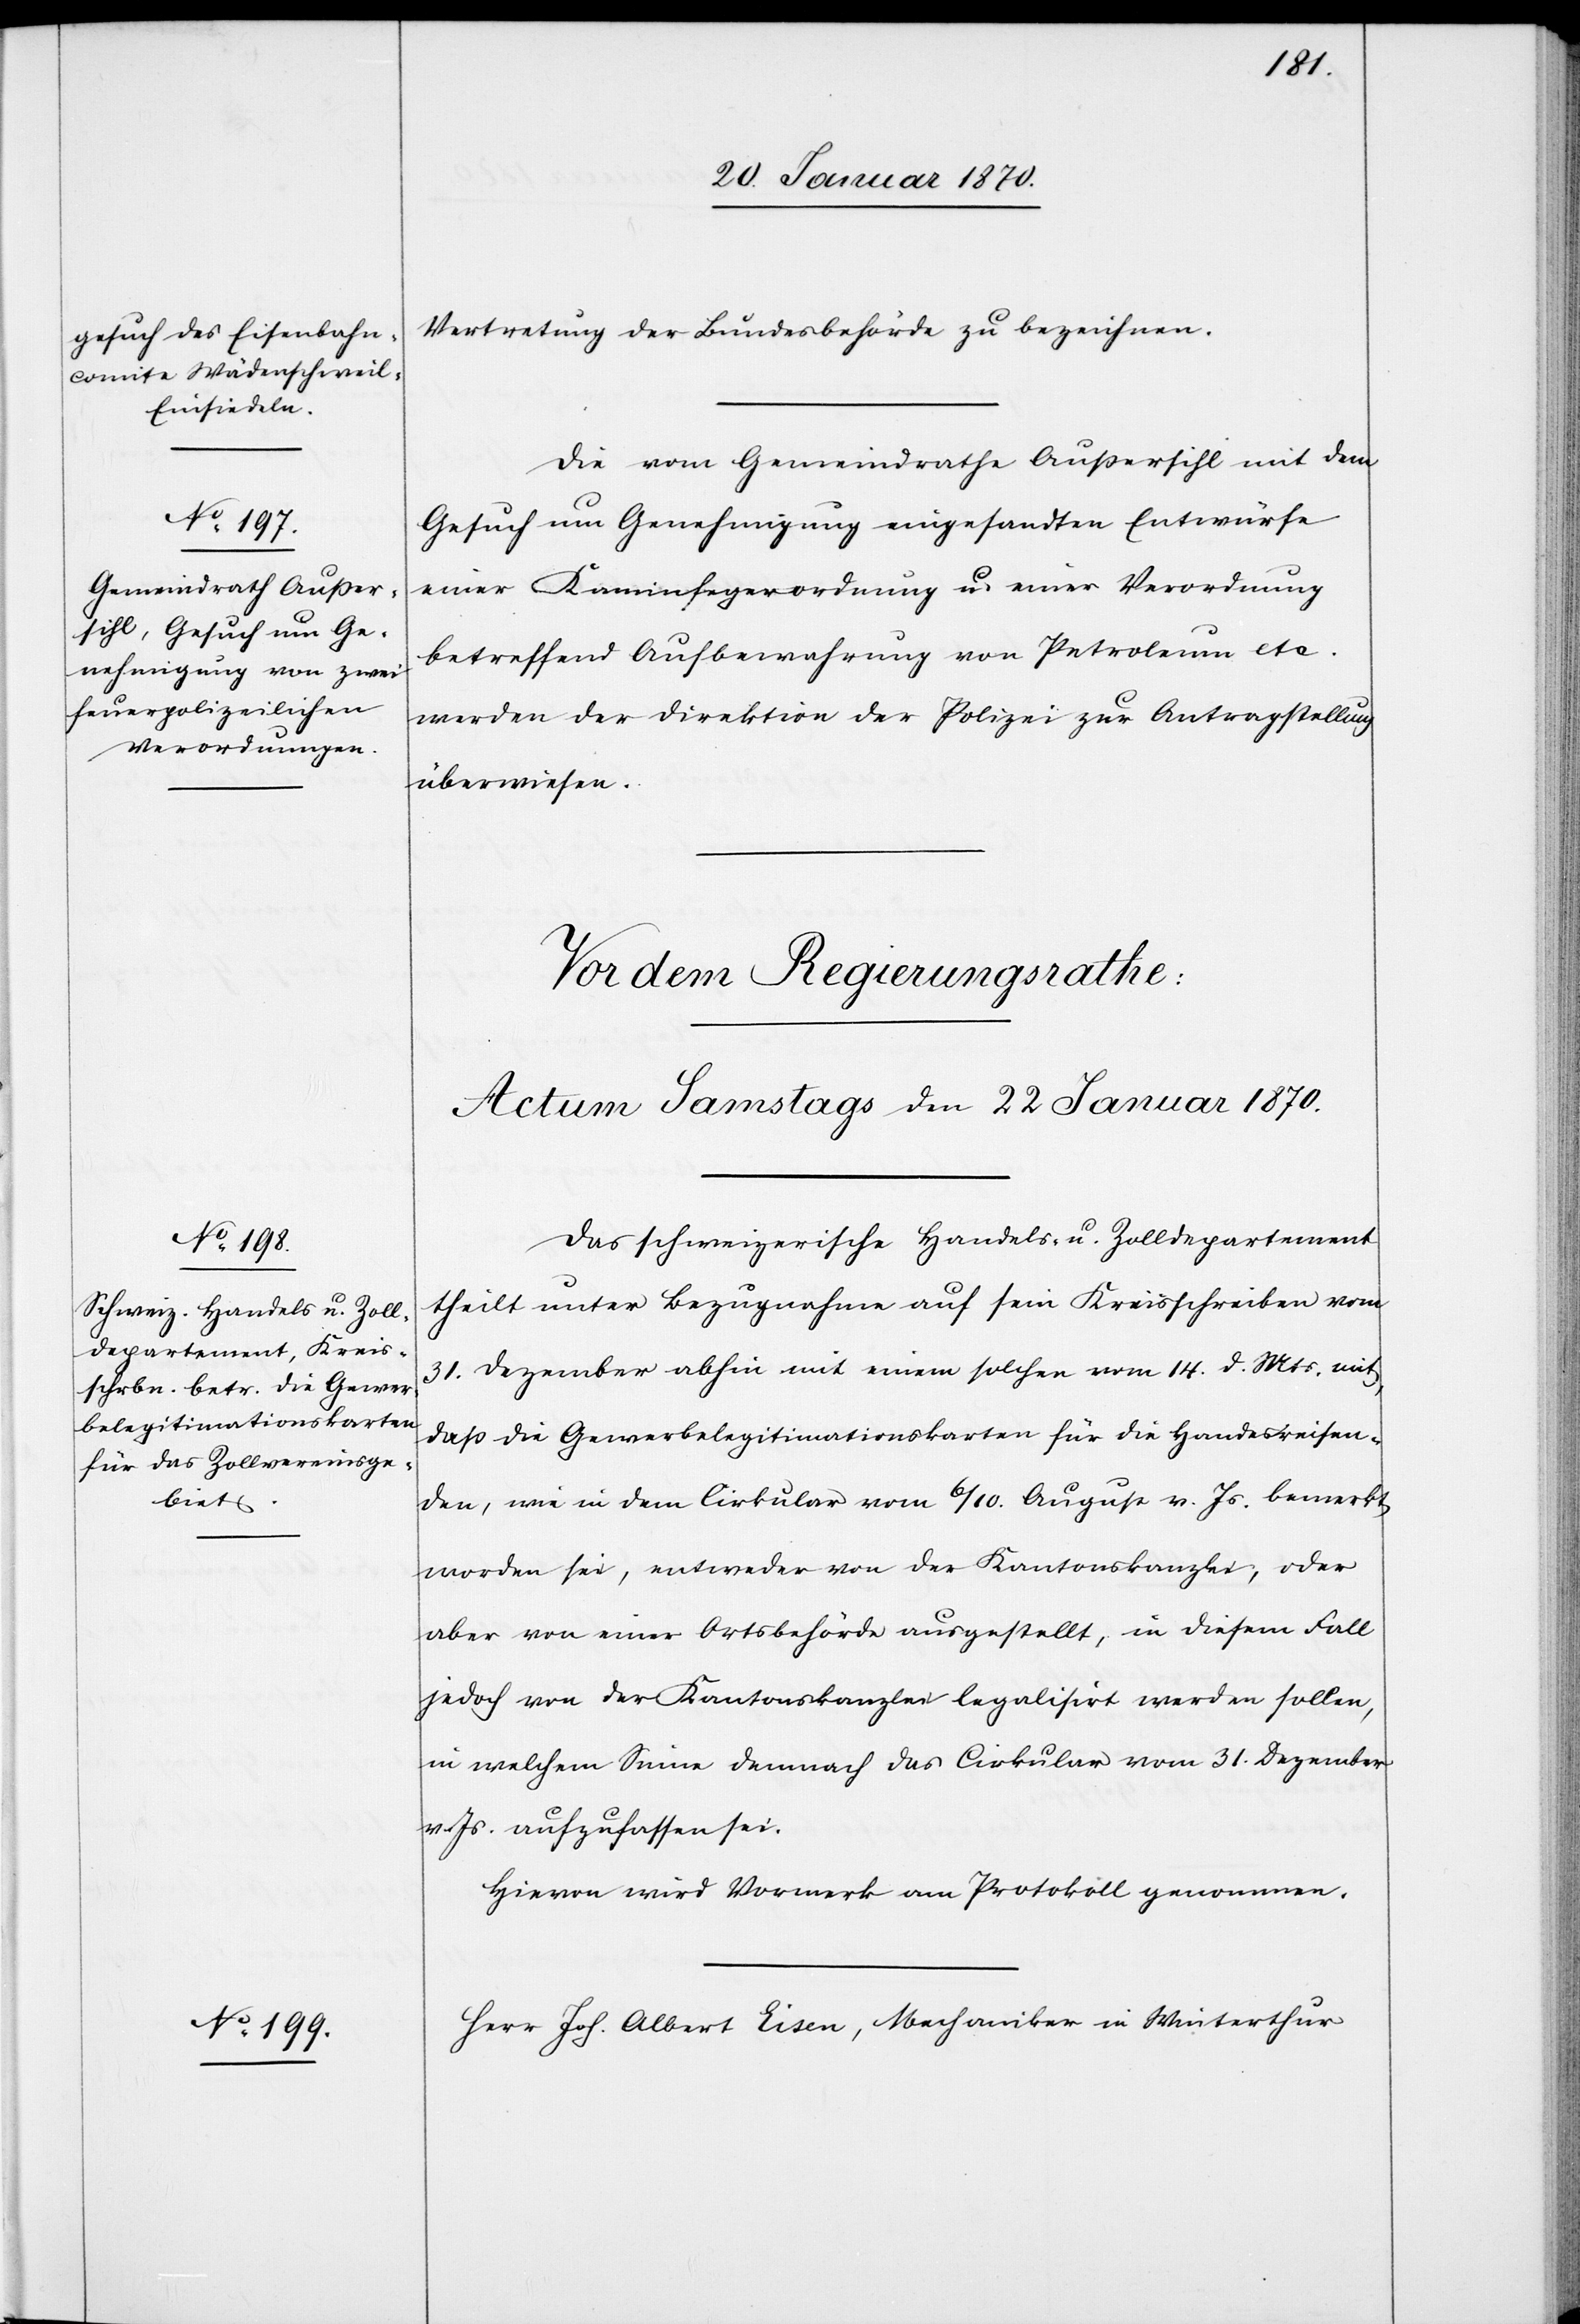
21. Januar 1870.]
Vertretung der Bundesbehörde zu bezeichnen.
Die vom Gemeindrathe Außersihl mit dem
Gesuch um Genehmigung eingesandten Entwürfe
einer Kaminfegerordnung u. einer Verordnung
betreffend Aufbewahrung von Petroleum etc.
werden der Direktion der Polizei zur Antragstellung
überwiesen.
Das schweizerische Handels- u. Zolldepartement
theilt unter Bezugnahme auf sein Kreisschreiben vom
31. Dezember abhin mit einem solchen vom 14. d. Mts. mit,
daß die Gewerbelegitimationskarten für die Hande[l]sreisen¬
den, wie in dem Cirkular vom 6/10. August v. Js. bemerkt
worden sei, entweder von der Kantonskanzlei, oder
aber von einer Ortsbehörde ausgestellt, in diesem Fall
jedoch von der Kantonskanzlei legalisirt werden sollen,
in welchem Sinne demnach das Cirkular vom 31. Dezember
v. Js. aufzufassen sei.
Hievon wird Vormerk am Protokoll genommen.
Herr Joh. Albert Eisen, Mechaniker in Winterthur